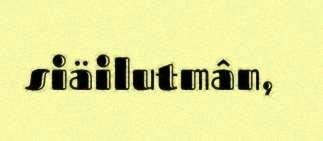
siäilutmân,